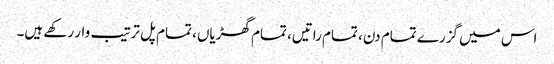
اس میں گزرے تمام دن، تمام راتیں، تمام گھڑیاں، تمام پل ترتیب وار رکھے ہیں۔